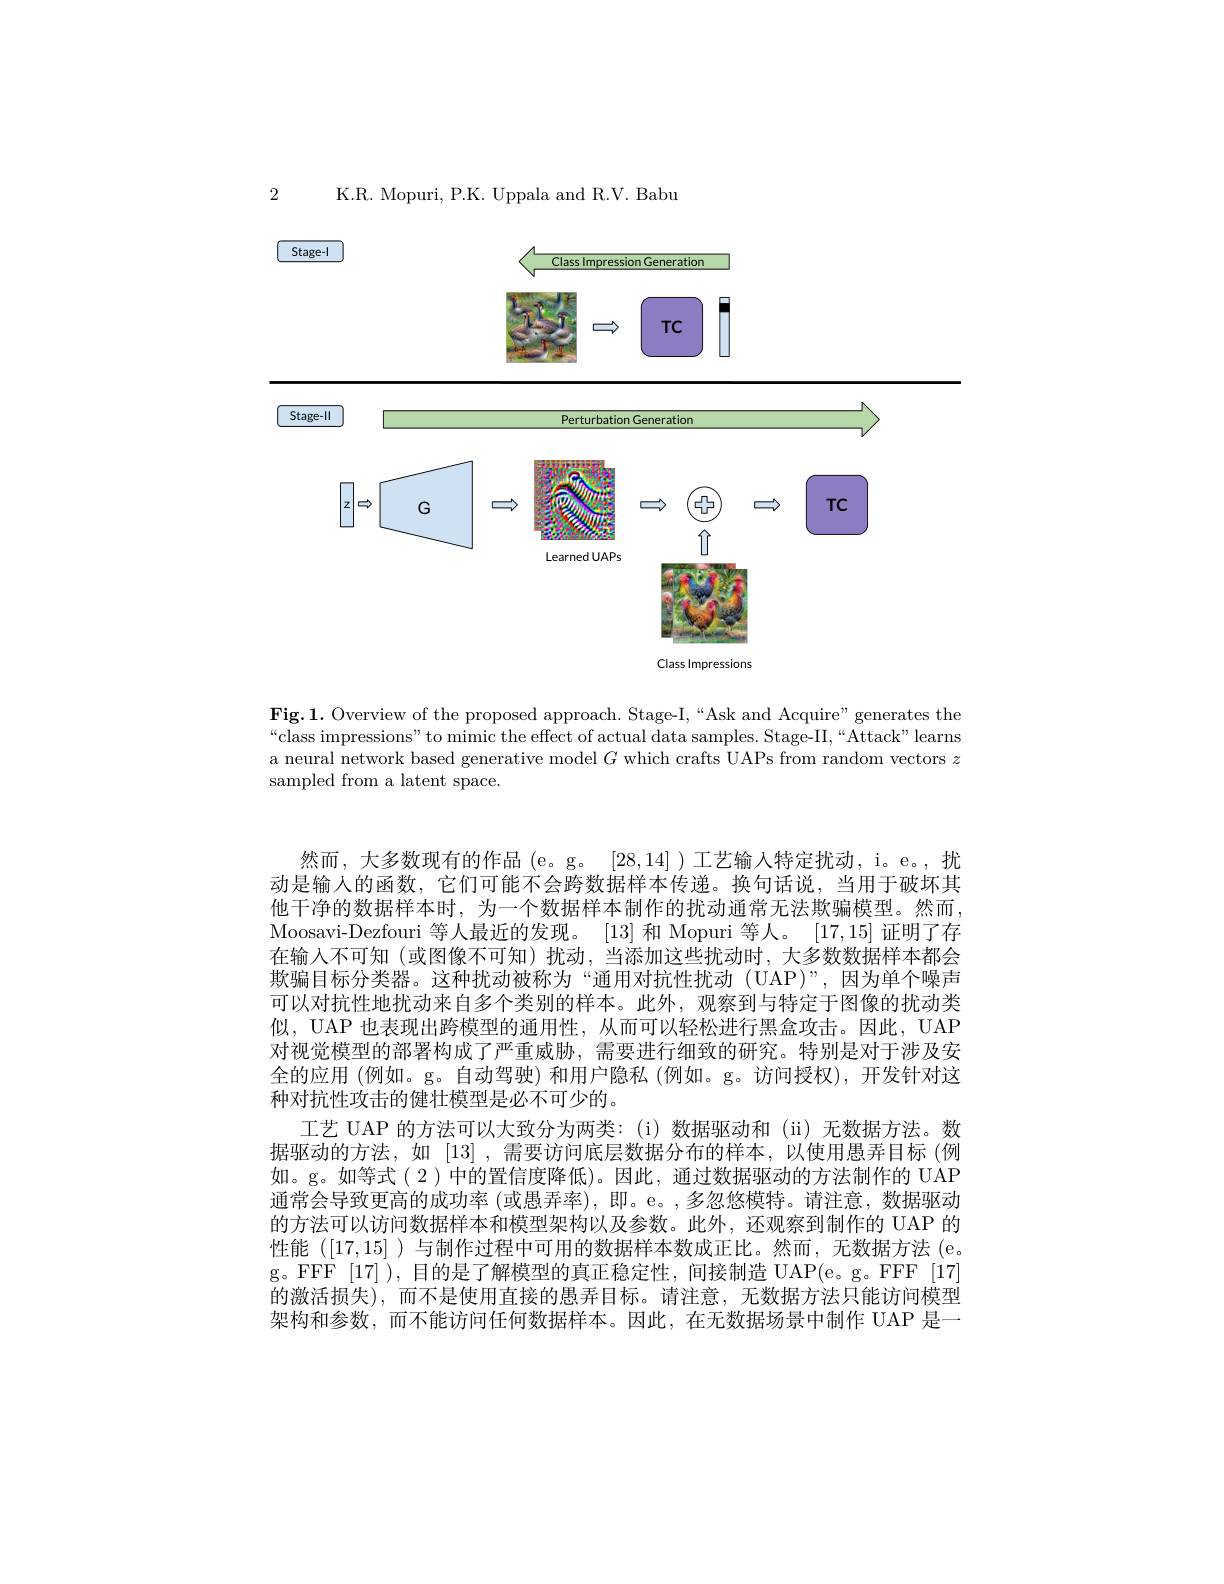
2

K.R. Mopuri, P.K. Uppala and R.V. Babu

<FigureHere>

Class Impression Generation

$TC$

<FigureHere>

Fig.1. Overview of the proposed approach. Stage-I,“Ask and Acquire" generates the “class impressions" to mimic the effect of actual data samples. Stage-II,“Attack” learns a neural network based generative model $G$ which crafts UAPs from random vectors $z$ sampled from a latent space.

然而，大多数现有的作品(e。g。[28,14])工艺输入特定扰动，i。e。,扰动是输入的函数，它们可能不会跨数据样本传递。换句话说，当用于破坏其他干净的数据样本时，为一个数据样本制作的扰动通常无法欺骗模型。然而， Moosavi-Dezfouri 等人最近的发现。[13] 和 Mopuri 等人。[17,15] 证明了存在输人不可知 (或图像不可知)扰动，当添加这些扰动时，大多数数据样本都会欺骗目标分类器。这种扰动被称为“通用对抗性扰动(UAP)”,因为单个噪声可以对抗性地扰动来自多个类别的样本。此外，观察到与特定于图像的扰动类似，UAP 也表现出跨模型的通用性，从而可以轻松进行黑盒攻击。因此，UAP 对视觉模型的部署构成了严重威胁，需要进行细致的研究。特别是对于涉及安全的应用 (例如。g。自动驾驶)和用户隐私 (例如。g。访问授权),开发针对这种对抗性攻击的健壮模型是必不可少的。
工艺 UAP 的方法可以大致分为两类：(i)数据驱动和 (ii) 无数据方法。数据驱动的方法，如 [13] ,需要访问底层数据分布的样本，以使用愚弄目标 (例如。g。如等式(2)中的置信度降低)。因此，通过数据驱动的方法制作的 UAP 通常会导致更高的成功率 (或愚弄率), 即。e。,多忽悠模特。请注意，数据驱动的方法可以访问数据样本和模型架构以及参数。此外，还观察到制作的 UAP 的性能([17,15] )与制作过程中可用的数据样本数成正比。然而，无数据方法 (e。g。FFF [17] ), 目的是了解模型的真正稳定性，间接制造 UAP(e。g。FFF [17] 的激活损失),而不是使用直接的愚弄目标。请注意，无数据方法只能访问模型架构和参数，而不能访问任何数据样本。因此，在无数据场景中制作 UAP 是一